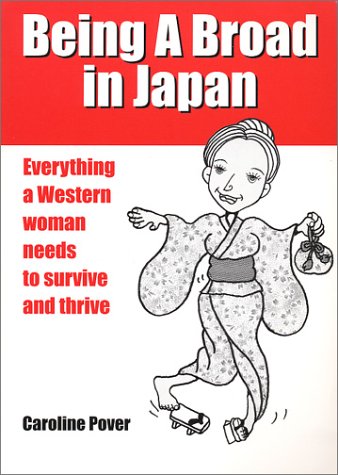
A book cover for Being A Broad in Japan: Everything a Western woman needs to survive and thrive; Caroline Pover; Travel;